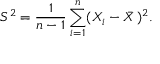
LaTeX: S ^ { 2 } = { \frac { 1 } { n - 1 } } \sum _ { i = 1 } ^ { n } ( X _ { i } - { \bar { X } } \, ) ^ { 2 } .